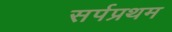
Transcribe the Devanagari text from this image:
सर्पप्रथम